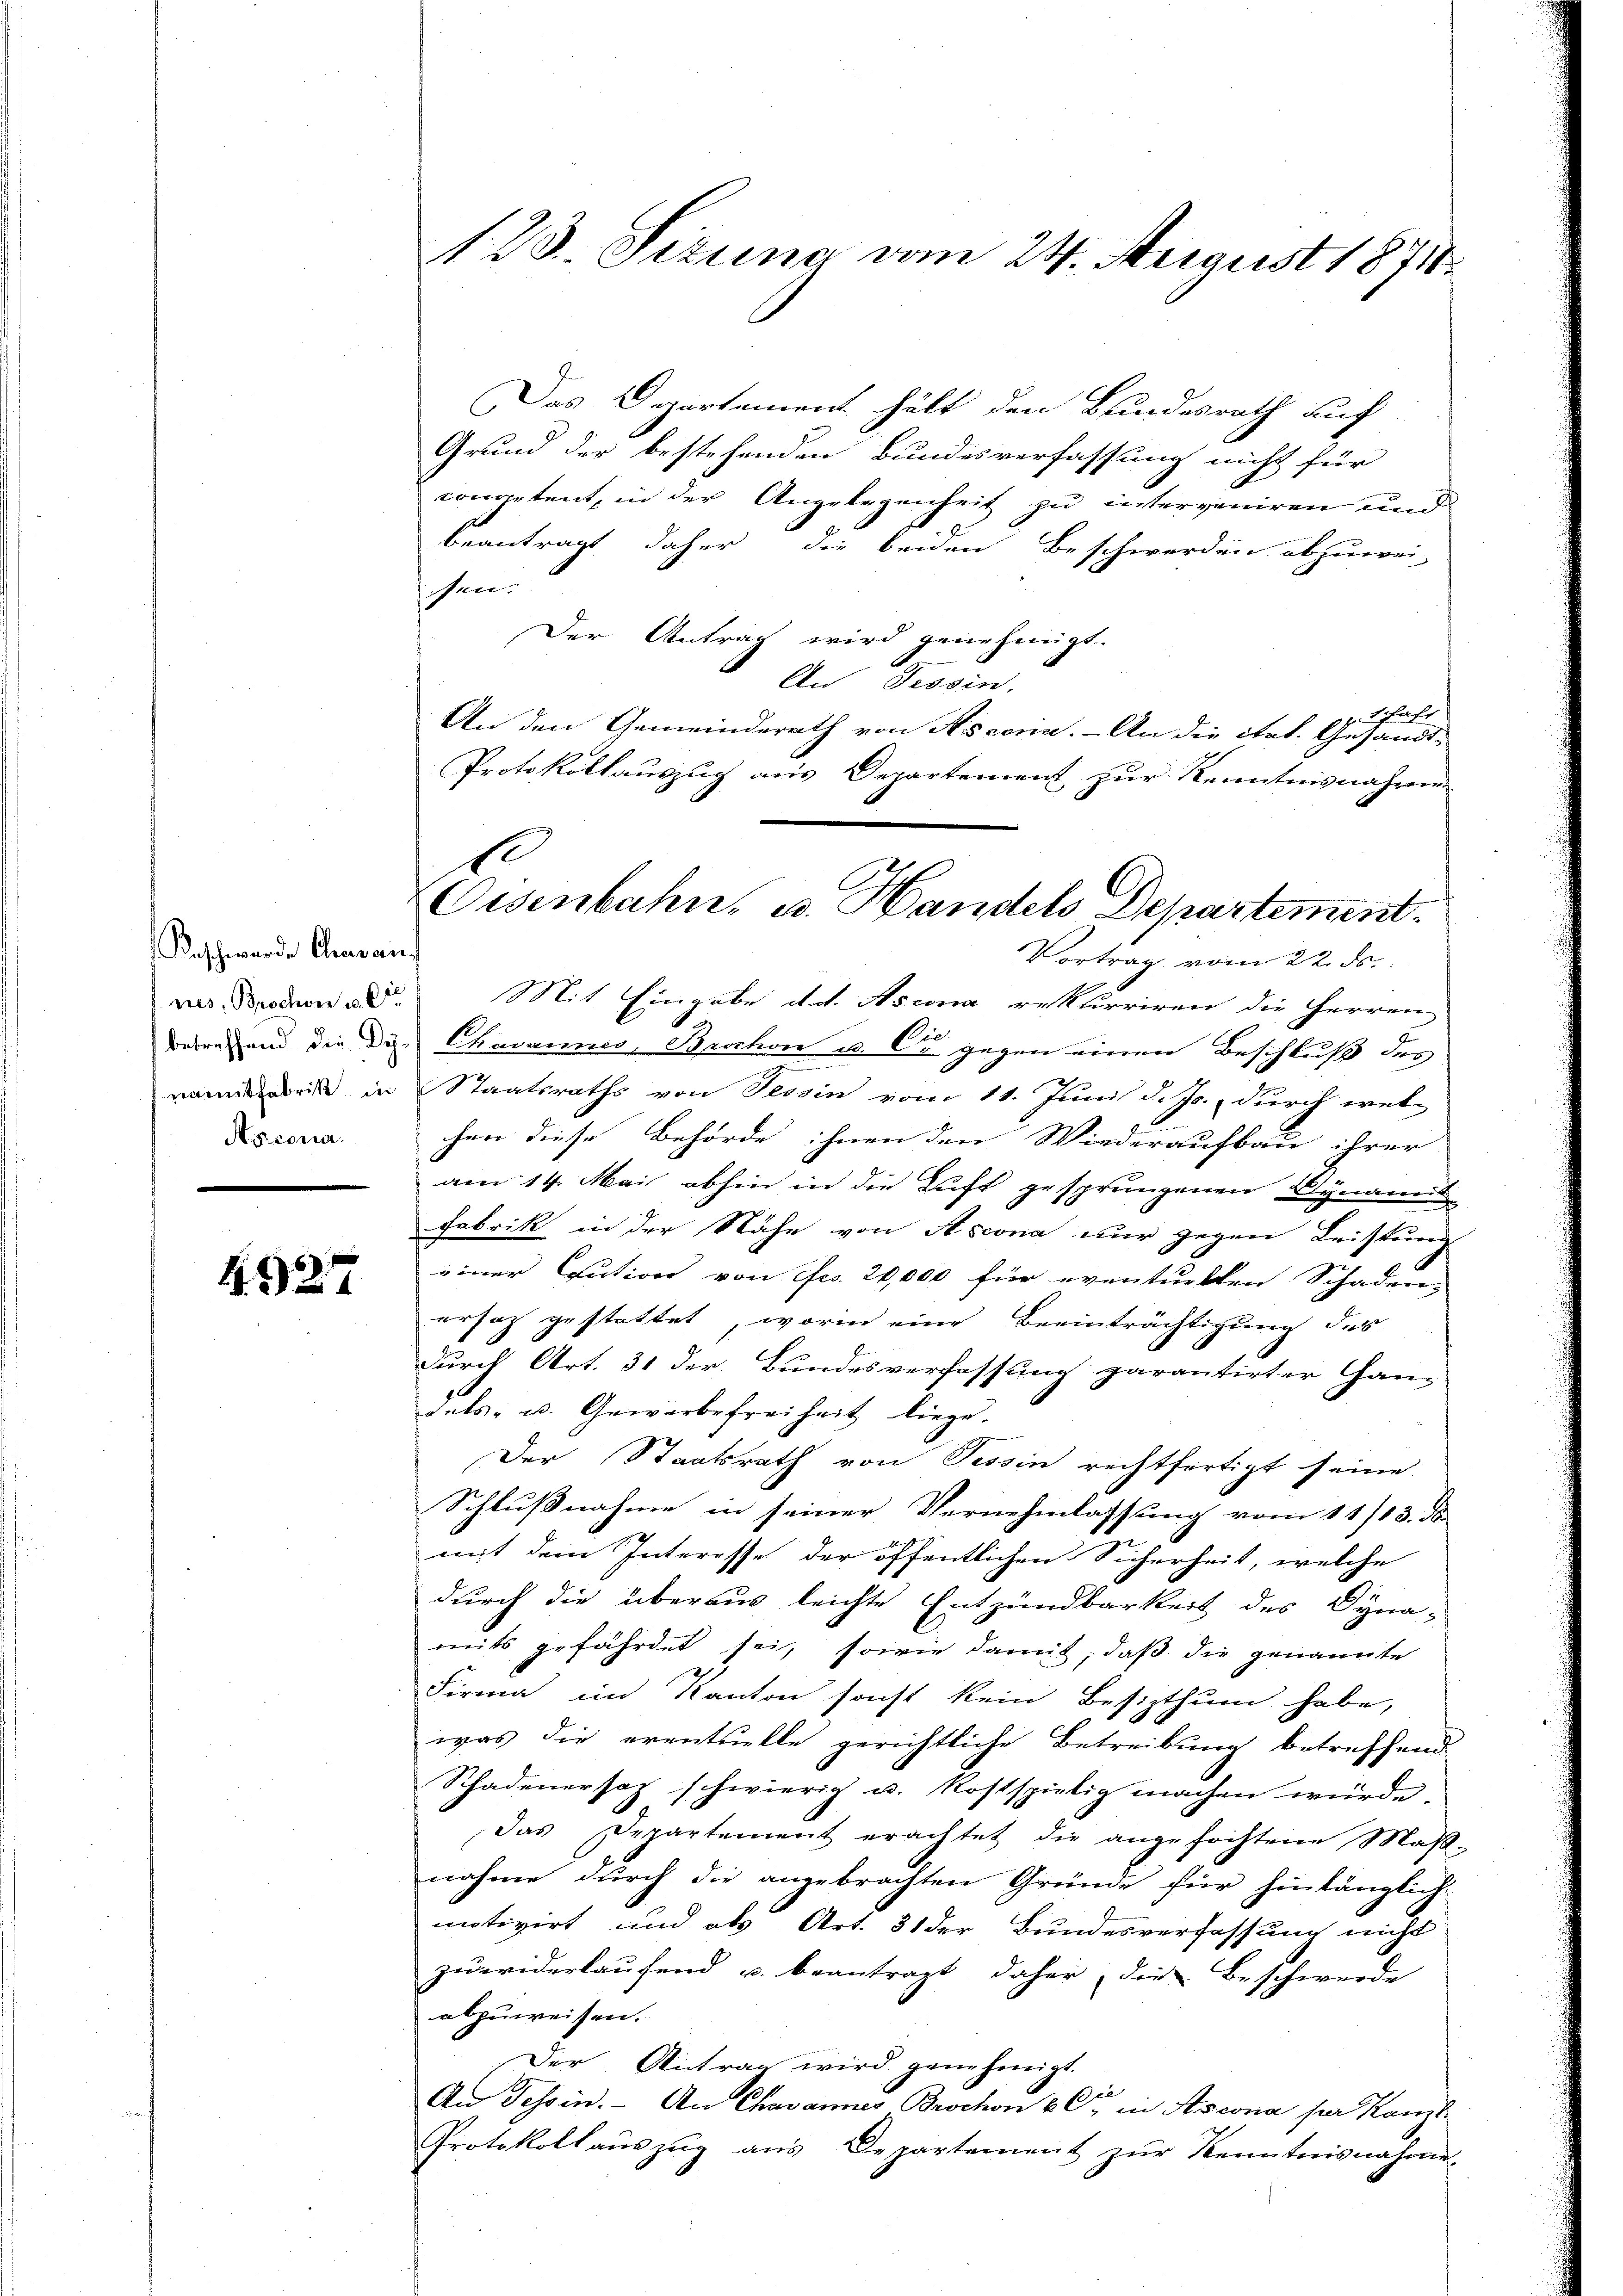
Beschwerde Cravai
Stscona

427

Das Departement hält den Bundesrath auf
Grund der bestehenden Bundesverfassung nicht für
competent, in der Angelegenheit zu interveniren und
beantragt daher die beiden Beschwerden abzuwei-
fen.
Der Antrag wird genehmigt.
An Dissen.
schaft
¬
An den Gemeinderath von Assoria. - An die itat. Gesandt-
Protokollauszug aus Departement zur Kenntnisnahmen
Vortrag vom 22. ds.
ves Boden an. Mit Eingabe doch. Ascona rekurriren die Herren
Bedeutend die Die Chavannes, Brochon u. Cr gegen einen Beschluß des
nan weiß in Staatsraths von Tessin vom 11. Juni d. Js., durch wel-
chen diese Behörde ihnen den Wiederaufbau ihrer
am 14. Mai abhin in die Luft gesprungenen Dynamit
Fabrik in der Nähe von Ascona nur gegen Leistung
einer Caution von Fr. 20,000 für eventuellen Schaden,
ersatz gestattet, worin eine Beeinträchtigung des
durch Art. 31 der Bundesverfassung garantirter Han-
dats- u. Gewerbefreiheit liege.
Der Staatsrath von Tessin rechtfertigt seine
Schlußnahme in seiner Vernehmlassung vom 11/13. ds.
mit dem Interesse der öffentlichen Sicherheit, welche
2
durch die überaus leichte Entzündbarkeit des Dyna-
mits gefährdet sei, sowie damit, daß die genannte
Firma im Kanton sonst kein Besizthum habe,
was die eventuelle gerichtliche Betreibung betreffend
Schadenersah schwierig u. kostspielig machen würde.
das Departement erachtet die angefochtene Maβ-
nahme durch die angebrachten Gründe für hinlänglich-
motivirt und als Art. 31 der Bundesverfassung nicht
zuwiderlaufend u. beantragt daher, die Beschwerde
abzuweisen.
Der Antrag wird genehmigt.
x
An Tessin. - An Chavannes Brochon u. C. in Ascona per Kanzl
Protokoll auszug aus Departement zŭr Kenntnisnahme

123. Sizung vom 24. August 1874.

e
Eisenbahn, u. Handels Departement